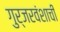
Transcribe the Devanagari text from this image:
गुर्जरवंशाची